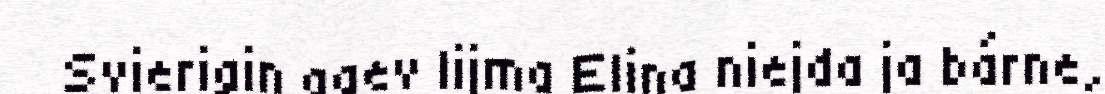
Svierigin agev lijma Elina niejda ja bárne,